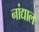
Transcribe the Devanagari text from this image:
नांद्याल